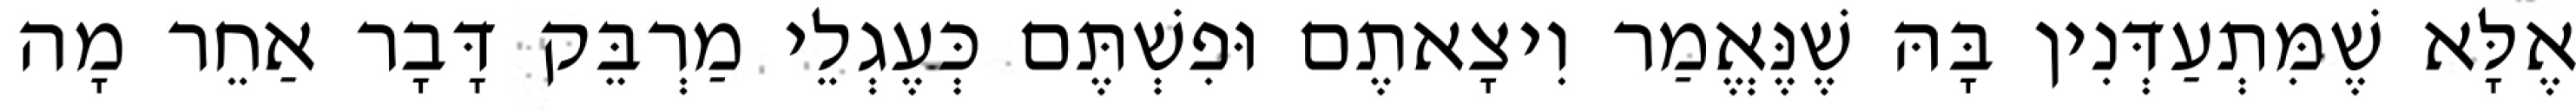
אֶלָּא שֶׁמִּתְעַדְּנִין בָּהּ שֶׁנֶּאֱמַר וִיצָאתֶם וּפִשְׁתֶּם כְּעֶגְלֵי מַרְבֵּק דָּבָר אַחֵר מָה